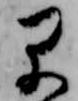
早